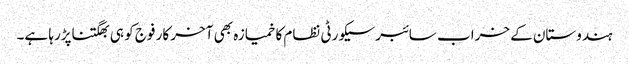
ہندوستان کے خراب سائبرسیکورٹی نظام کا خمیازہ بھی آخر کار فوج کو ہی بھگتناپڑرہا ہے۔